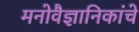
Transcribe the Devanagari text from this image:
मनोवैज्ञानिकांचे